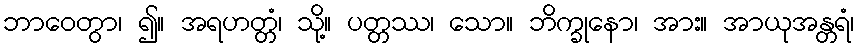
ဘာဝေတွာ၊ ၍။ အရဟတ္တံ၊ သို့။ ပတ္တဿ၊ သော။ ဘိက္ခုနော၊ အား။ အာယုအန္တရံ၊